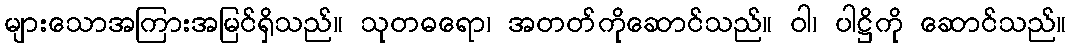
များသောအကြားအမြင်ရှိသည်။ သုတဓရော၊ အတတ်ကိုဆောင်သည်။ ဝါ၊ ပါဋ္ဌိကို ဆောင်သည်။